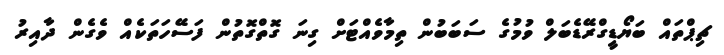
ޗިޕްތައް ބަޔޯޑީގްރޭޑެބަލް ވުމުގެ ސަބަބުން ތިމާވެއްޓަށް ގިނަ ގޮތްގޮތުން ފަސޭހަތަކެއް ވެގެން ދާއިރު